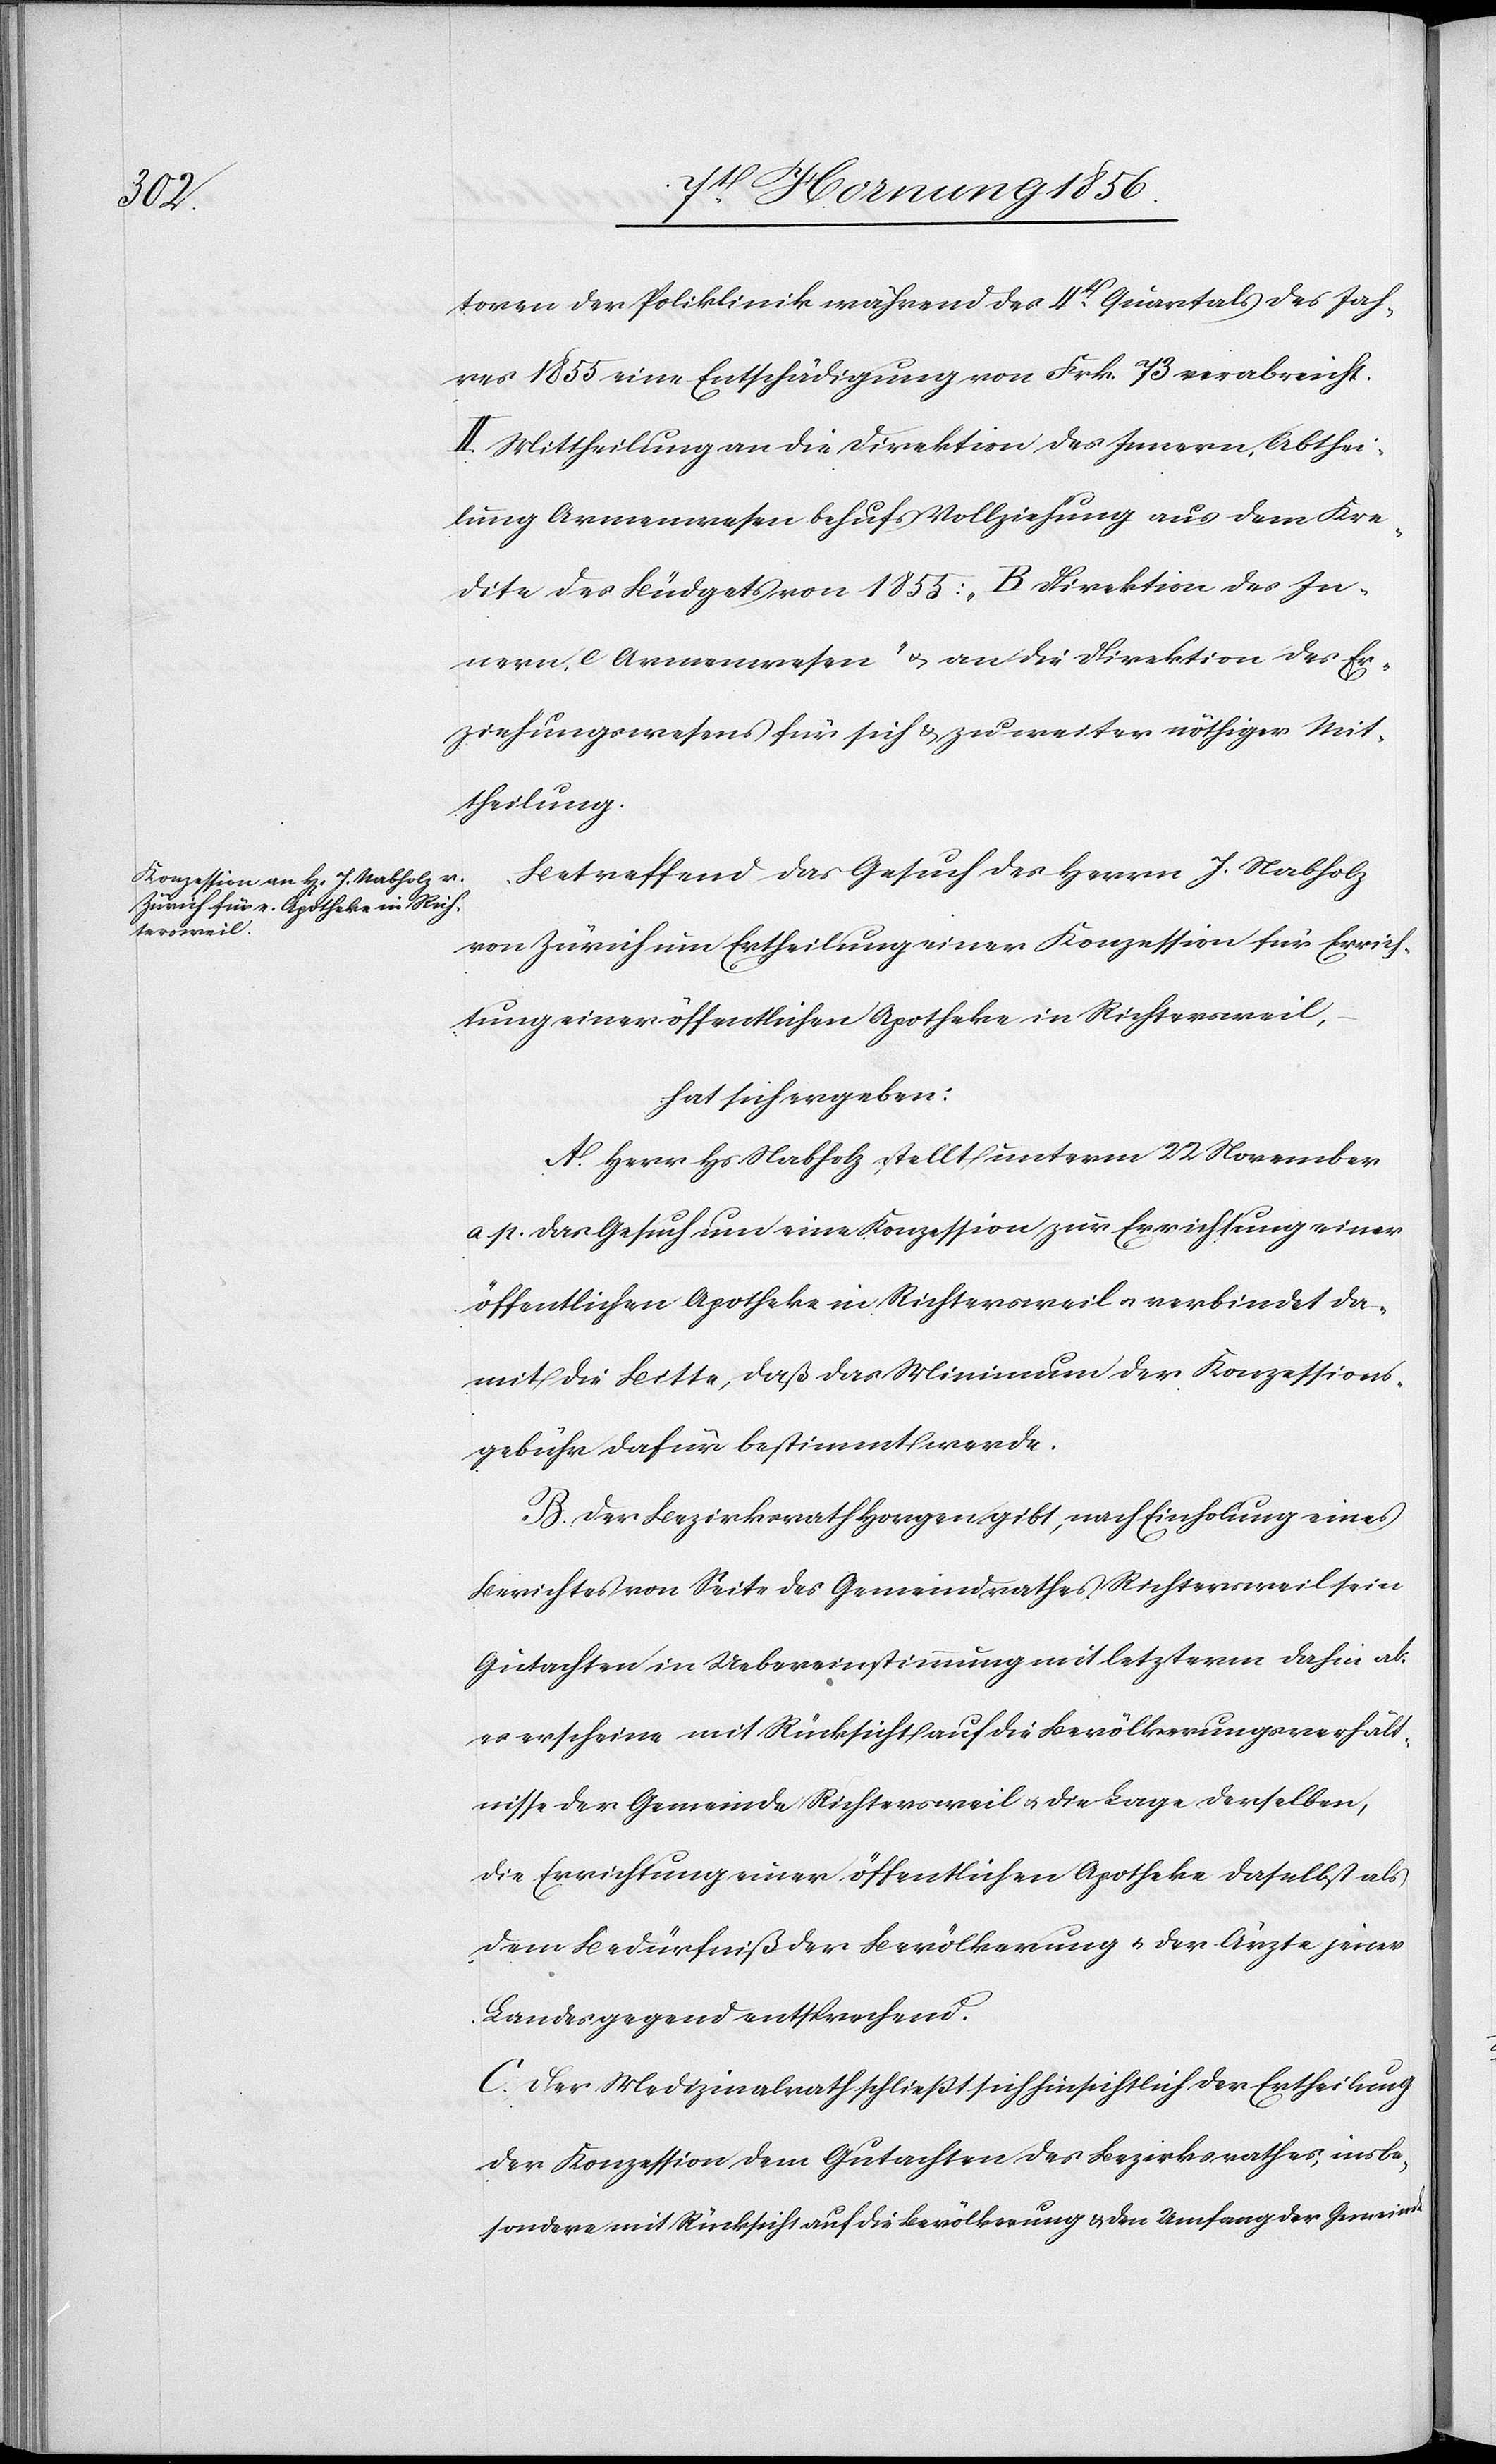
toren der Poliklinik während des 4t Quartals des Jah¬
res 1855 eine Entschädigung von Frk. 73 verabreicht.
II. Mittheilung an die Direktion des Innern, Abthei¬
lung Armenwesen behufs Vollziehung aus dem Kre¬
dite des Büdgets von 1855: „B Direktion des In¬
nern, c Armenwesen“ u. an die Direktion des Er¬
ziehungswesens für sich & zu weiter nöthiger Mit¬
theilung.
Betreffend das Gesuch des Herrn J. Nabholz
von Zürich um Ertheilung einer Konzession für Errich¬
tung einer öffentlichen Apotheke in Richtersweil,
hat sich ergeben:
A. Herr Hs. [sic!] Nabholz stellt unterm 22 November
a p. das Gesuch um eine Konzession zur Errichtung einer
öffentlichen Apotheke in Richtersweil u. verbindet da¬
mit die Bitte, daß das Minimum der Konzessions¬
gebühr dafür bestimmt werde.
B. Der Bezirksrath Horgen gibt, nach Einholung eines
Berichtes von Seite des Gemeindrathes Richtersweil sein
Gutachten in Uebereinstimmung mit letzterm dahin ab:
es erscheine mit Rücksicht auf die Bevölkerungsverhält¬
nisse der Gemeinde Richtersweil u. die Lage derselben,
die Errichtung einer öffentlichen Apotheke daselbst als
dem Bedürfniß der Bevölkerung u. der Ärzte jener
Landesgegend entsprechend.
C. Der Medizinalrath schließt sich hinsichtlich der Ertheilung
der Konzession dem Gutachten des Bezirksrathes, insbe¬
sondere mit Rücksicht auf die Bevölkerung & den Umfang der Gemeinde